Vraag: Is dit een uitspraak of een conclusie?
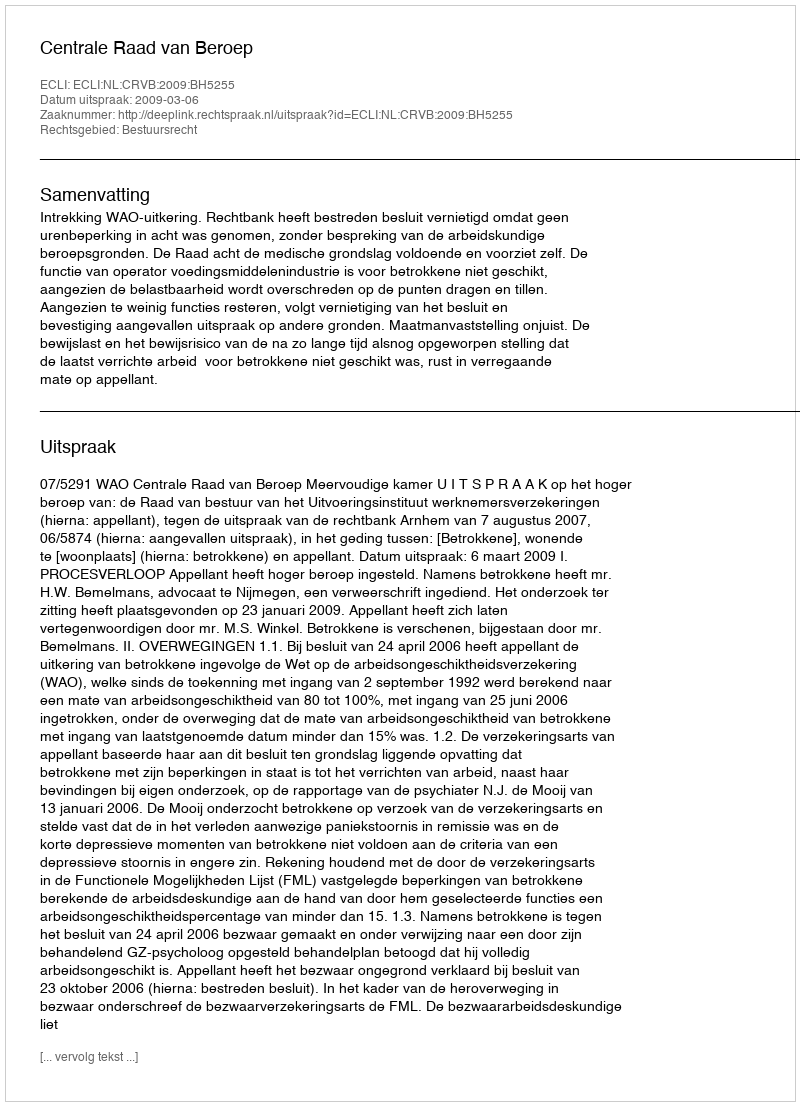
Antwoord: Uitspraak